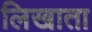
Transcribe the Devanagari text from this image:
लिखाता